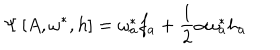
\Psi \left[ A , \omega ^ { * } , h \right] = \omega _ { a } ^ { * } f _ { a } + \frac { 1 } { 2 } \alpha \omega _ { a } ^ { * } h _ { a }